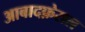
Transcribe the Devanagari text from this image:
आबादफ़ेसल